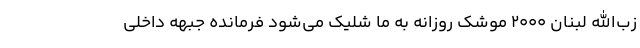
زب‌الله لبنان ۲۰۰۰ موشک روزانه به ما شلیک می‌شود فرمانده جبهه داخلی